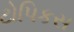
ટોપિકસ